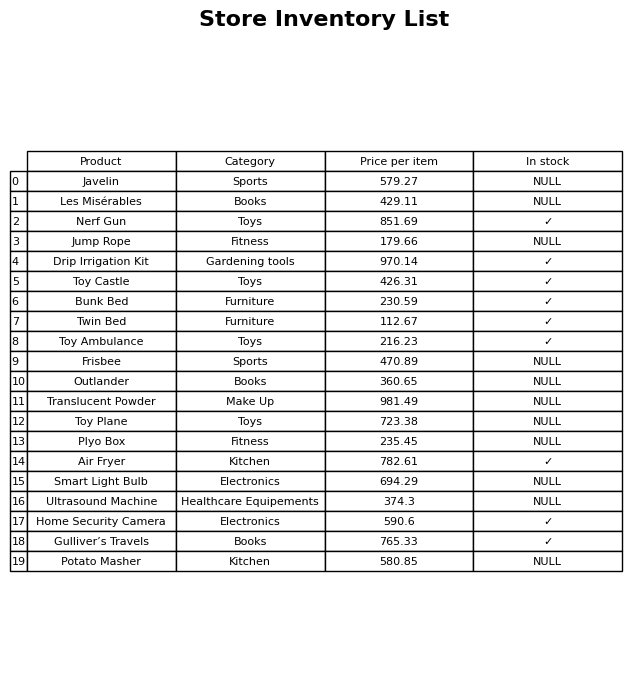
question: What is the price for Ultrasound Machine?
answer: The price of Ultrasound Machine is 374.3.